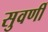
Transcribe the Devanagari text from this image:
सुवर्णी